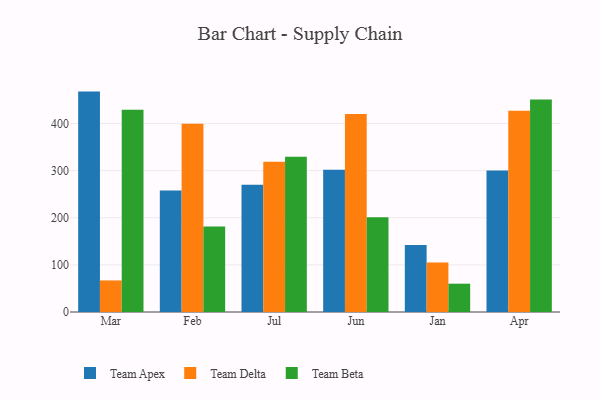
{"axis": {"x": "Month", "y": "Population (Million)"}, "legend": ["Team Apex", "Team Beta", "Team Delta"], "data": [{"x": "Mar", "y": 467.7, "type": "Team Apex"}, {"x": "Mar", "y": 67.0, "type": "Team Delta"}, {"x": "Mar", "y": 429.0, "type": "Team Beta"}, {"x": "Feb", "y": 257.6, "type": "Team Apex"}, {"x": "Feb", "y": 399.6, "type": "Team Delta"}, {"x": "Feb", "y": 181.4, "type": "Team Beta"}, {"x": "Jul", "y": 269.9, "type": "Team Apex"}, {"x": "Jul", "y": 319.0, "type": "Team Delta"}, {"x": "Jul", "y": 329.6, "type": "Team Beta"}, {"x": "Jun", "y": 301.9, "type": "Team Apex"}, {"x": "Jun", "y": 420.4, "type": "Team Delta"}, {"x": "Jun", "y": 201.3, "type": "Team Beta"}, {"x": "Jan", "y": 142.2, "type": "Team Apex"}, {"x": "Jan", "y": 105.2, "type": "Team Delta"}, {"x": "Jan", "y": 60.1, "type": "Team Beta"}, {"x": "Apr", "y": 300.1, "type": "Team Apex"}, {"x": "Apr", "y": 426.9, "type": "Team Delta"}, {"x": "Apr", "y": 450.7, "type": "Team Beta"}]}